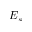
E _ { s }